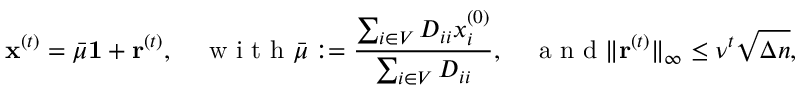
\mathbf { x } ^ { ( t ) } = \bar { \mu } \mathbf { 1 } + \mathbf { r } ^ { ( t ) } , \quad \mathrm { ~ w ~ i ~ t ~ h ~ } \bar { \mu } : = \frac { \sum _ { i \in V } D _ { i i } x _ { i } ^ { ( 0 ) } } { \sum _ { i \in V } D _ { i i } } , \quad \mathrm { ~ a ~ n ~ d ~ } \| \mathbf { r } ^ { ( t ) } \| _ { \infty } \leq \nu ^ { t } \sqrt { \Delta n } ,